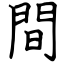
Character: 間